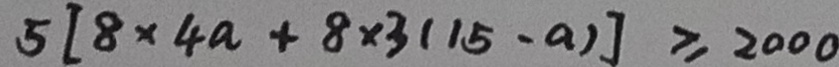
5 [ 8 \times 4 a + 8 \times 3 ( 1 5 - a ) ] \geq 2 0 0 0